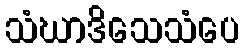
သံဃာဒိသေသံပေ